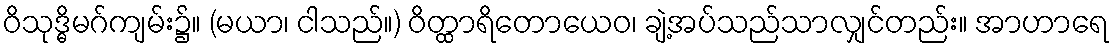
ဝိသုဒ္ဓိမဂ်ကျမ်း၌။ (မယာ၊ ငါသည်။) ဝိတ္ထာရိတောယေဝ၊ ချဲ့အပ်သည်သာလျှင်တည်း။ အာဟာရေ